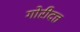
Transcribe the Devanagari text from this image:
गोरीदत्त